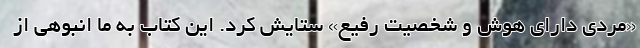
«مردی دارای هوش و شخصیت رفیع» ستایش کرد. این کتاب به ما انبوهی از